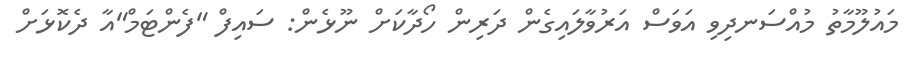
މައުލޫމާތު މުއްސަނދިވި އަވަސް އަރުވާލައިގެން ދަރިން ހޯދާކަށް ނޫޅެން: ސައިފް "ފެންޓަމް"އާ ދެކޮޅަށް